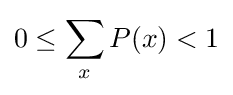
0\leq \sum _{x}P(x)<1